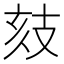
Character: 𢻉